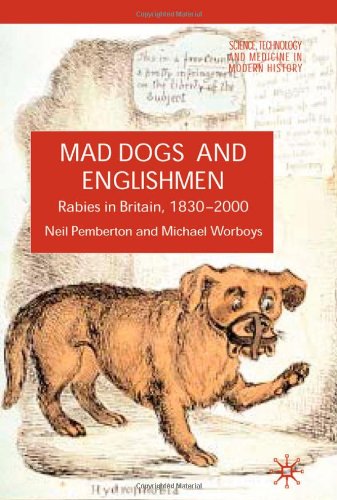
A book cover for Mad Dogs and Englishmen: Rabies in Britain, 1830-2000 (Science, Technology and Medicine in Modern History); Neil Pemberton; Medical Books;